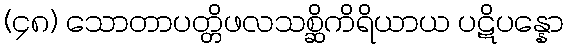
(၄၈) သောတာပတ္တိဖလသစ္ဆိကိရိယာယ ပဋိပန္နော